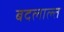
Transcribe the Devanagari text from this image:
बदलाल्त